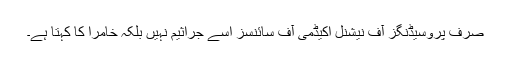
صرف پروسیڈنگز آف نیشنل اکیڈمی آف سائنسز اسے جراثیم نہیں بلکہ خامرا کا کہتا ہے۔